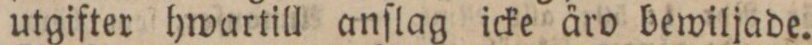
utgifter hwartill anſlag icke äro bewiljade.